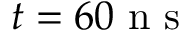
t = 6 0 \mathrm { ~ n ~ s ~ }